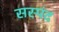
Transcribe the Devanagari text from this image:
सस्पंद